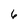
Character: 6